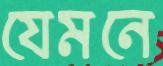
যেমনে